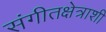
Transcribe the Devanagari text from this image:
संगीतक्षेत्राशी